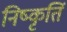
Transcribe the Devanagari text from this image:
निष्कृतिं